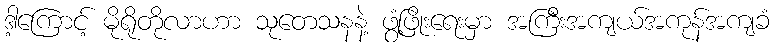
ဒါ့ကြောင့် မိုရိုတိုလာဟာ သုတေသနနဲ့ ဖွံ့ဖြိုးရေးမှာ အကြီးအကျယ်အကုန်အကျခံ